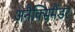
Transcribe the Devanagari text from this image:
अनैक्सिमैंडर